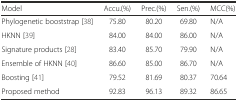
<table><thead><tr><td><b>Model</b></td><td><b>Accu.(%)</b></td><td><b>Prec.(%)</b></td><td><b>Sen.(%)</b></td><td><b>MCC(%)</b></td></tr></thead><tbody><tr><td>Phylogenetic booststrap [38]</td><td>75.80</td><td>80.20</td><td>69.80</td><td>N/A</td></tr><tr><td>HKNN [39]</td><td>84.00</td><td>84.00</td><td>86.00</td><td>N/A</td></tr><tr><td>Signature products [28]</td><td>83.40</td><td>85.70</td><td>79.90</td><td>N/A</td></tr><tr><td>Ensemble of HKNN [40]</td><td>86.60</td><td>85.00</td><td>86.70</td><td>N/A</td></tr><tr><td>Boosting [41]</td><td>79.52</td><td>81.69</td><td>80.37</td><td>70.64</td></tr><tr><td>Proposed method</td><td>92.83</td><td>96.13</td><td>89.32</td><td>86.65</td></tr></tbody></table>